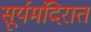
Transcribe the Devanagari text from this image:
सूर्यमंदिरात